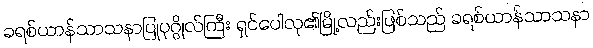
ခရစ်ယာန်သာသနာပြုပုဂ္ဂိုလ်ကြီး ရှင်ပေါလု၏မြို့လည်းဖြစ်သည် ခရစ်ယာန်သာသနာ